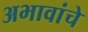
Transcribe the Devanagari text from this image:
अभावांचे